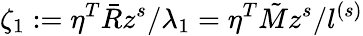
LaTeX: \zeta_{1}:=\eta^{T}\bar{R}z^{s}/\lambda_{1}=\eta^{T}\tilde{M}z^{s}/l^{(s)}